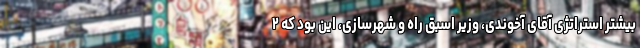
بیشتر استراتژی آقای آخوندی، وزیر اسبق راه و شهرسازی، این بود که ۲